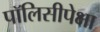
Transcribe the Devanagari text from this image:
पॉलिसीपेक्षा